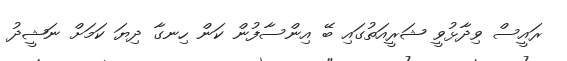
ރައީސް ވިދާޅުވީ ޝަރީއަތުގައި ބޭ އިންސާފުން ކަން ހިނގާ ދިޔަ ކަމަށް ނަޝީދު